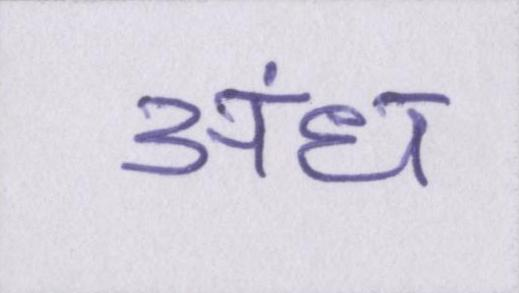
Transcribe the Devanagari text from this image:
अंध